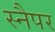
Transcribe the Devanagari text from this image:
स्नैपर